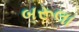
બરૂલા